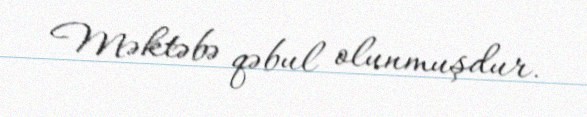
Məktəbə qəbul olunmuşdur.